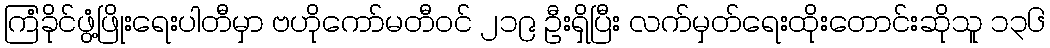
ကြံခိုင်ဖွံ့ဖြိုးရေးပါတီမှာ ဗဟိုကော်မတီဝင် ၂၁၉ ဦးရှိပြီး လက်မှတ်ရေးထိုးတောင်းဆိုသူ ၁၃၆